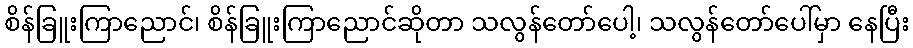
စိန်ခြူးကြာညောင်၊ စိန်ခြူးကြာညောင်ဆိုတာ သလွန်တော်ပေါ့၊ သလွန်တော်ပေါ်မှာ နေပြီး